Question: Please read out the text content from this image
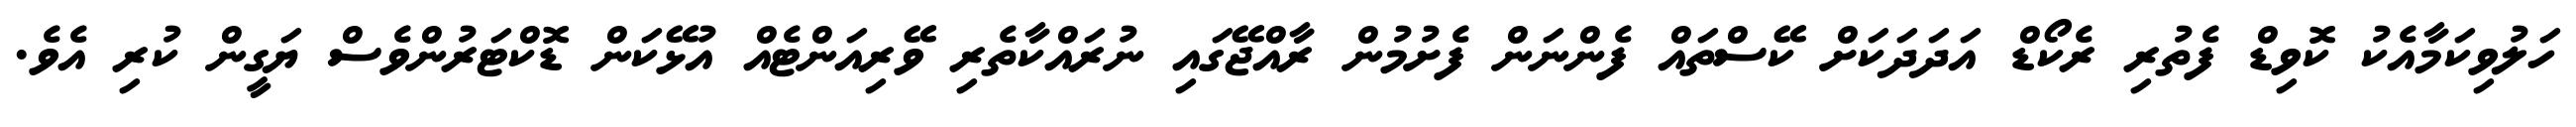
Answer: ހަލުވިކަމާއެކު ކޮވިޑް ފެތުރި ރެކޯޑް އަދަދަކަށް ކޭސްތައް ފެންނަން ފެށުމުން ރާއްޖޭގައި ނުރައްކާތެރި ވޭރިއަންޓެއް އުޅޭކަން ޑޮކްޓަރުންވެސް ޔަގީން ކުރި އެވެ.